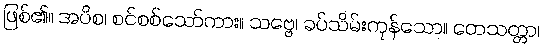
ဖြစ်၏။ အပိစ၊ စင်စစ်သော်ကား။ သဗ္ဗေ၊ ခပ်သိမ်းကုန်သော။ တေသတ္တာ၊